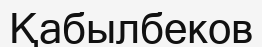
Қабылбеков